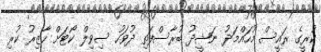
ކުރީގެ ރައީސް މުހައްމަދު ނަޝީދު ބުރާސްފަތި ދުވަހު ސިވިލް ކޯޓަށް ހާޒިރު ކުރި